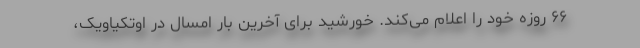
۶۶ روزه خود را اعلام می‌کند. خورشید برای آخرین بار امسال در اوتکیاویک،